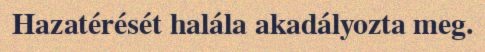
Hazatérését halála akadályozta meg.